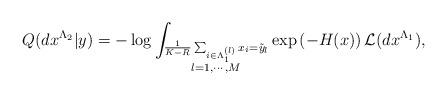
LaTeX: \begin{align*}Q(dx^{\Lambda_2} | y ) = -\log \int_{ \substack{ \frac{1}{K-R} \sum_{i \in \Lambda_1 ^{(l)}} x_i = \tilde{y}_l \\ l=1, \cdots, M } }\exp\left(-H(x)\right) \mathcal{L}(dx^{\Lambda_1}),\end{align*}